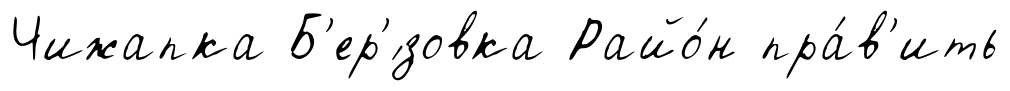
Чижапка Б'ер'́зовка Райо́н пра́в'ить